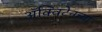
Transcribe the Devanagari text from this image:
ॲक्विटेनच्या